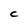
Character: C